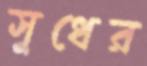
সুধের